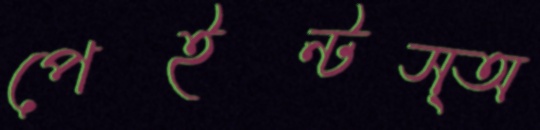
পেইন্টস্অ